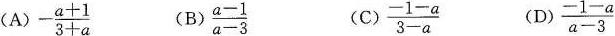
（A）$$- \frac { a + 1 } { 3 + a }$$ （B）$$\frac { a - 1 } { a - 3 }$$ （C）$$\frac { - 1 - a } { 3 - a }$$ （D）$$\frac { - 1 - a } { a - 3 }$$